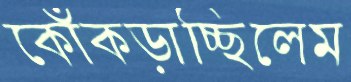
কোঁকড়াচ্ছিলেম